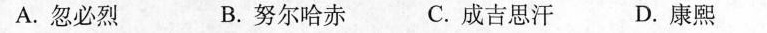
A.忽必烈 B.努尔哈赤 C.成吉思汗 D.康熙